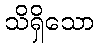
သိရှိသော